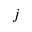
j